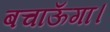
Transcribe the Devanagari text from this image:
बचाऊँगा।